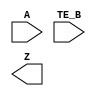
module sky130_fd_sc_hs__einvn (
    A   ,
    TE_B,
    Z
);

    input  A   ;
    input  TE_B;
    output Z   ;

    // Voltage supply signals
    supply1 VPWR;
    supply0 VGND;

endmodule